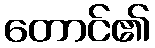
တောင်၏